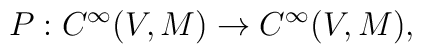
P: C^{\infty}(V,M) \rightarrow C^{\infty}(V,M),